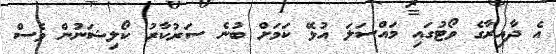
އެ ދާއިރާގެ ވޯޓުގައި މައްސަލަ އުޅޭ ކަމަށް ބުނެ ސަރުކާރު ކޯލިޝަނުން ވެސް